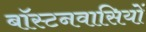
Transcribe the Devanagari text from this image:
बॉस्टनवासियों